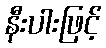
နီးပါးဖြင့်